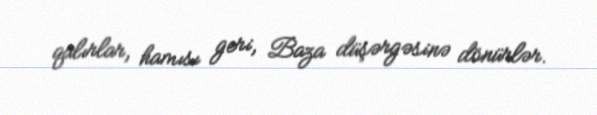
qalırlar, hamısı geri, Baza düşərgəsinə dönürlər.